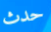
حدث